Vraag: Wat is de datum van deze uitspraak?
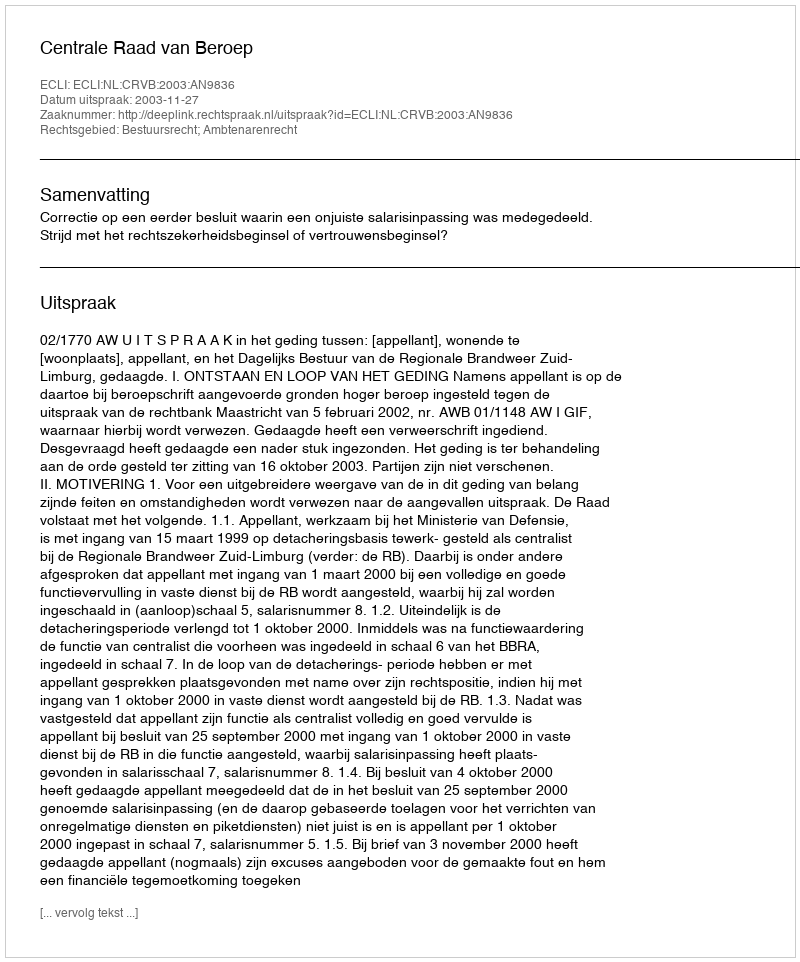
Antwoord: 2003-11-27